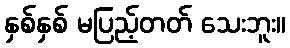
နှစ်နှစ် မပြည့်တတ် သေးဘူး။